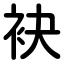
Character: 袂